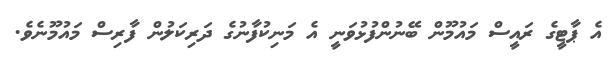
އެ ޕާޓީގެ ރައީސް މައުމޫން ބޭނުންފުޅުވަނީ އެ މަނިކުފާނުގެ ދަރިކަލުން ފާރިސް މައުމޫނެވެ.